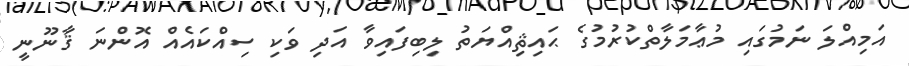
އަމިއްލަ ނަމުގައި މުޢާމަލާތްކުރުމުގެ ޙައިޘިއްޔަތު ލިބިފައިވާ އަދި ވަކި ސިއްކައެއް އޮންނަ ޤާނޫނީ